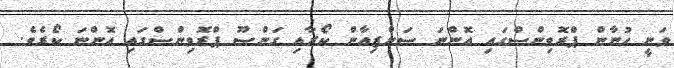
ވަނީ ހުނާން ޕްރޮވިންސްގައި އޮންނަ ސަންޒިއާން ކޯރާއި ގަންސޫ ޕްރޮވިންސްގައި އޮންނަ ކޯރެވެ.